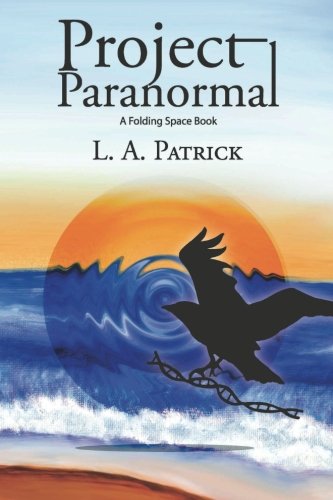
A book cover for Project Paranormal: A Folding Space Book; L. A. Patrick; Science Fiction & Fantasy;